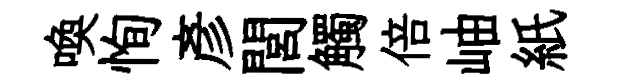
喚恂彥閭觸倍岫紙